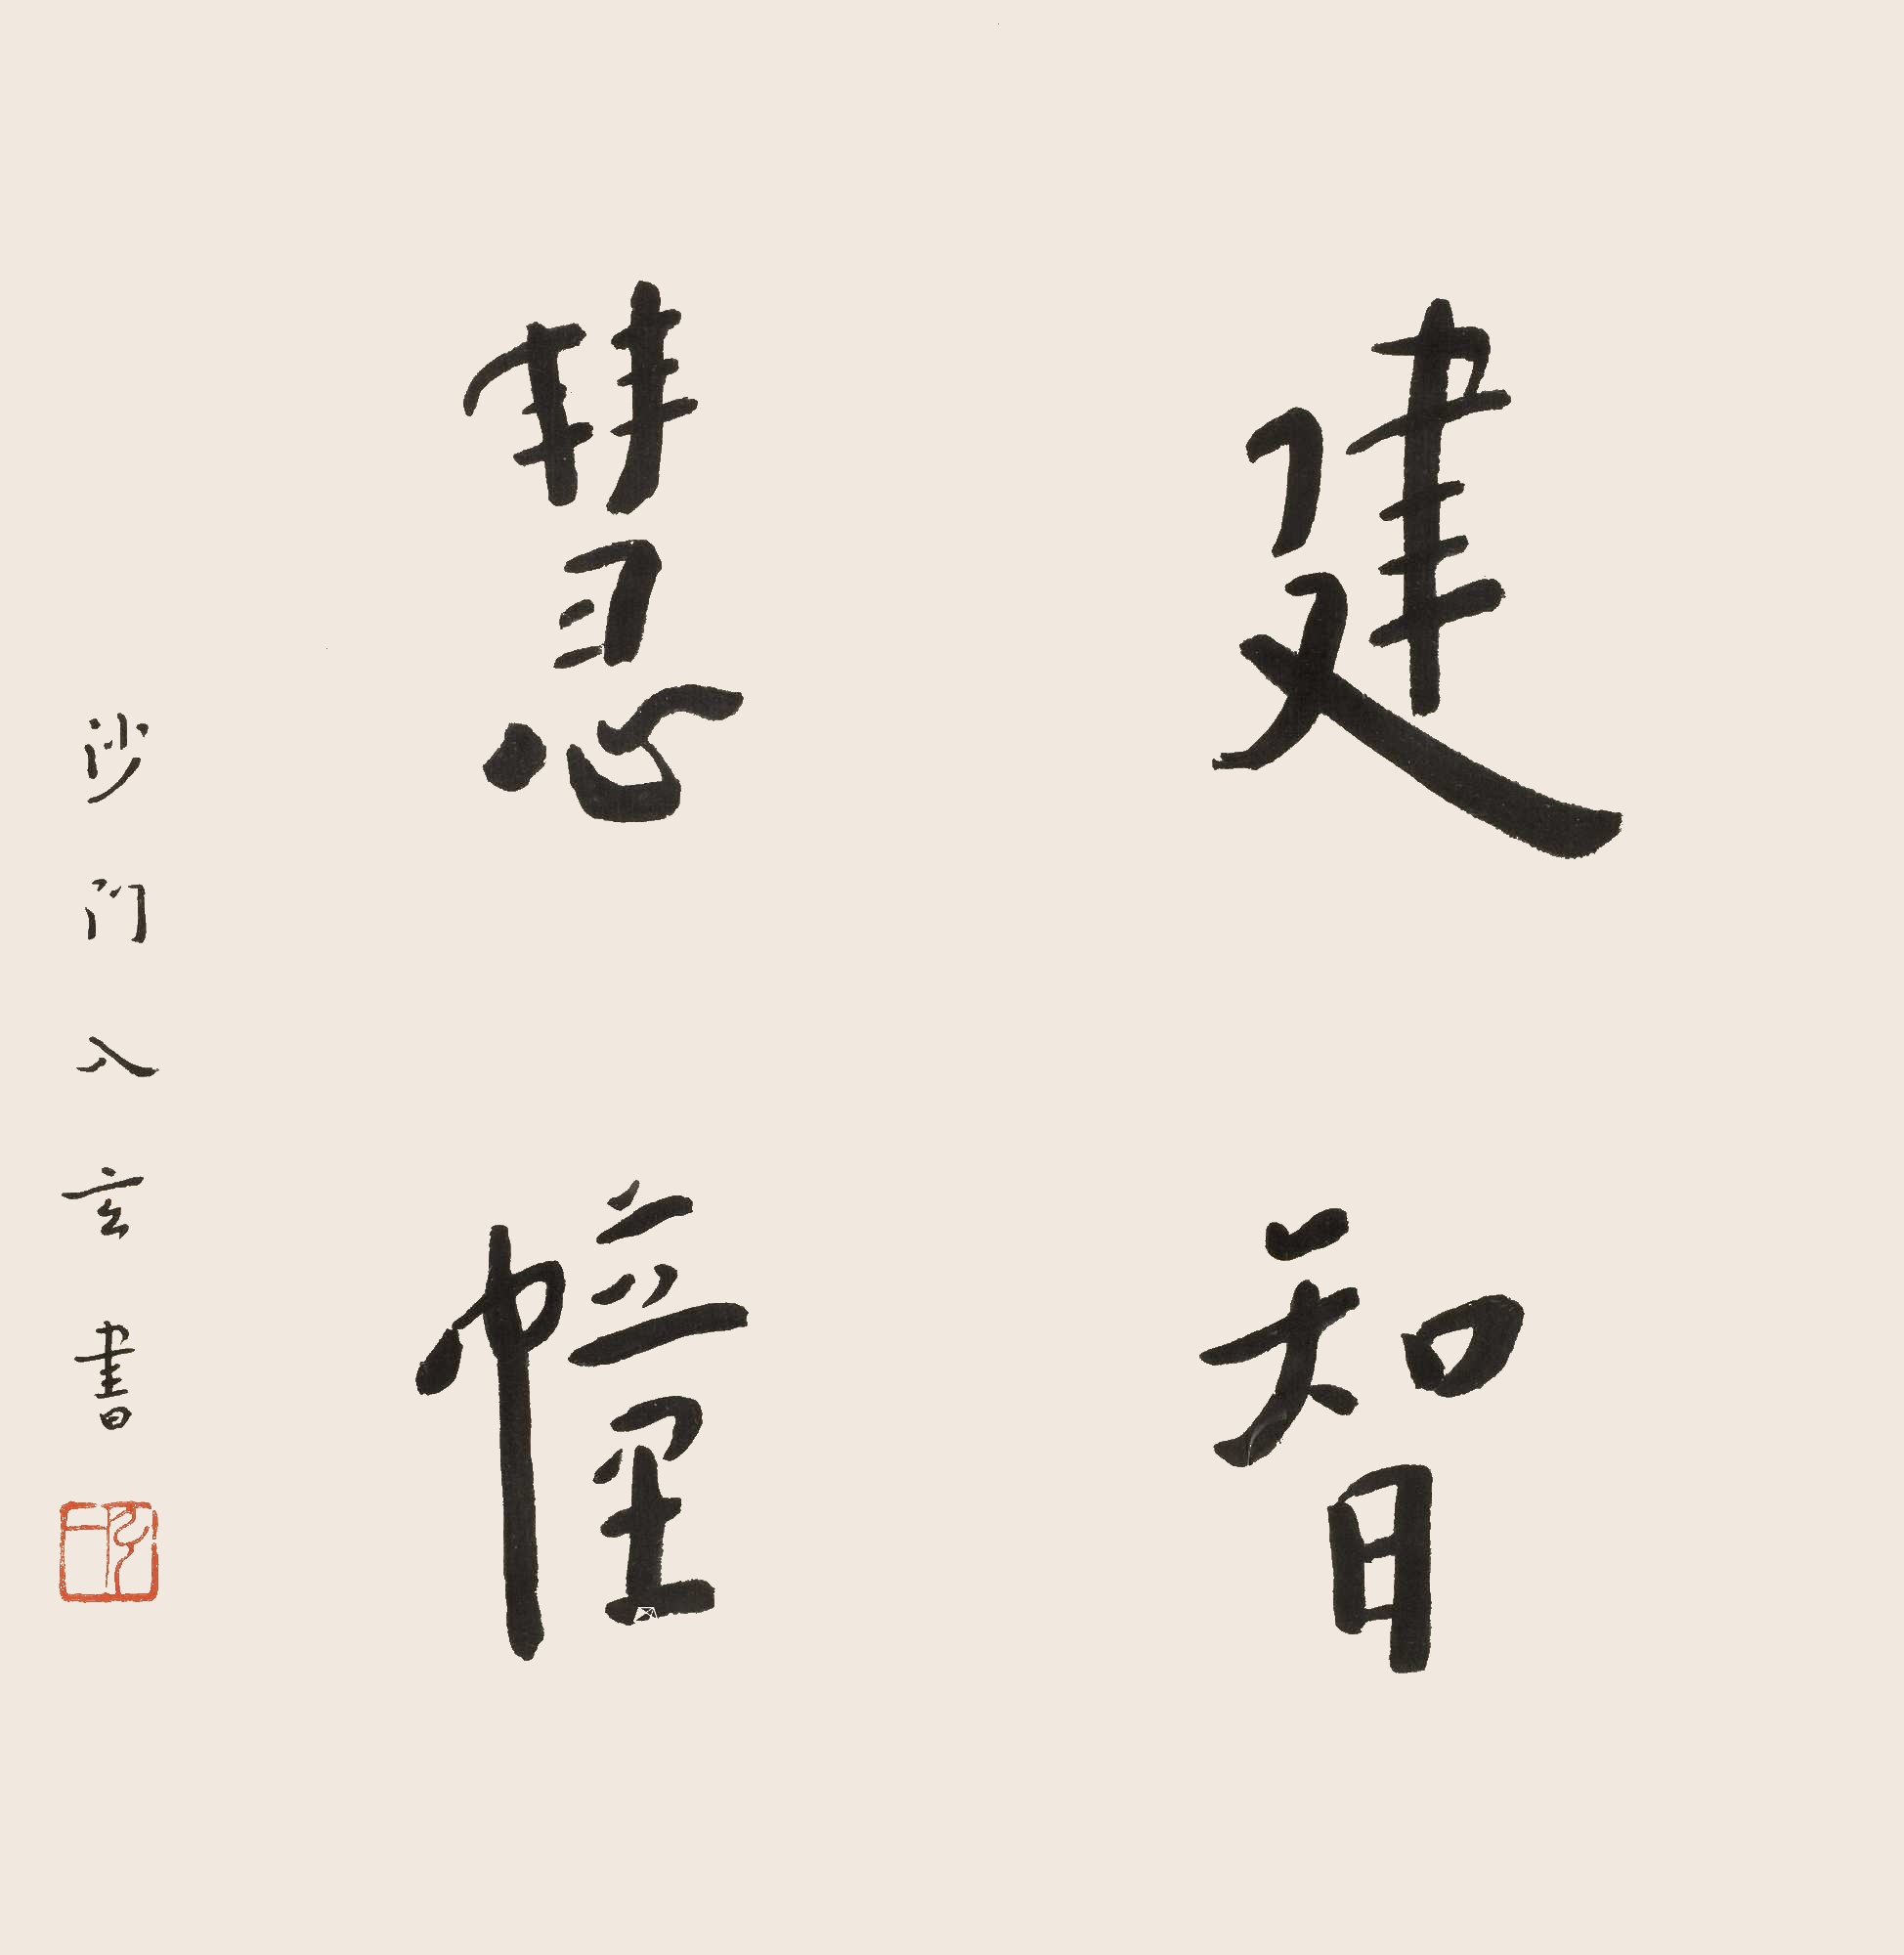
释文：建智慧幢。沙门入玄书。